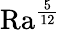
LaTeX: \mathrm{{Ra}}^{\frac{5}{12}}